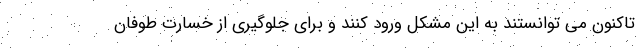
تاکنون می توانستند به این مشکل ورود کنند و برای جلوگیری از خسارت طوفان